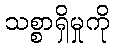
သစ္စာရှိမှုကို